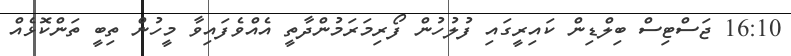
16:10 ޖަސްޓިސް ބިލްޑިން ކައިރީގައި ފުލުހުން ފޯރިމަރަމުންދާތީ އެއްވެފައިވާ މީހުން ތިބީ ތަންކޮޅެއް